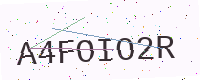
Text: A4FOIO2R